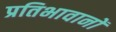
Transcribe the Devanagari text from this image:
प्रतिभावानों